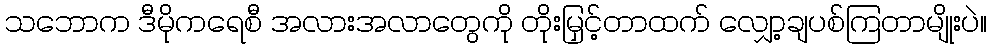
သဘောက ဒီမိုကရေစီ အလားအလာတွေကို တိုးမြှင့်တာထက် လျှော့ချပစ်ကြတာမျိုးပဲ။